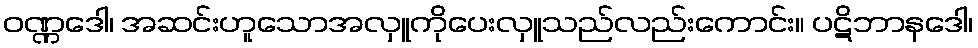
ဝဏ္ဏဒေါ၊ အဆင်းဟူသောအလှူကိုပေးလှူသည်လည်းကောင်း။ ပဋိဘာနဒေါ၊